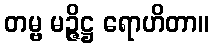
တမ္ဗ မဉ္ဇိဋ္ဌ ရောဟိတာ။